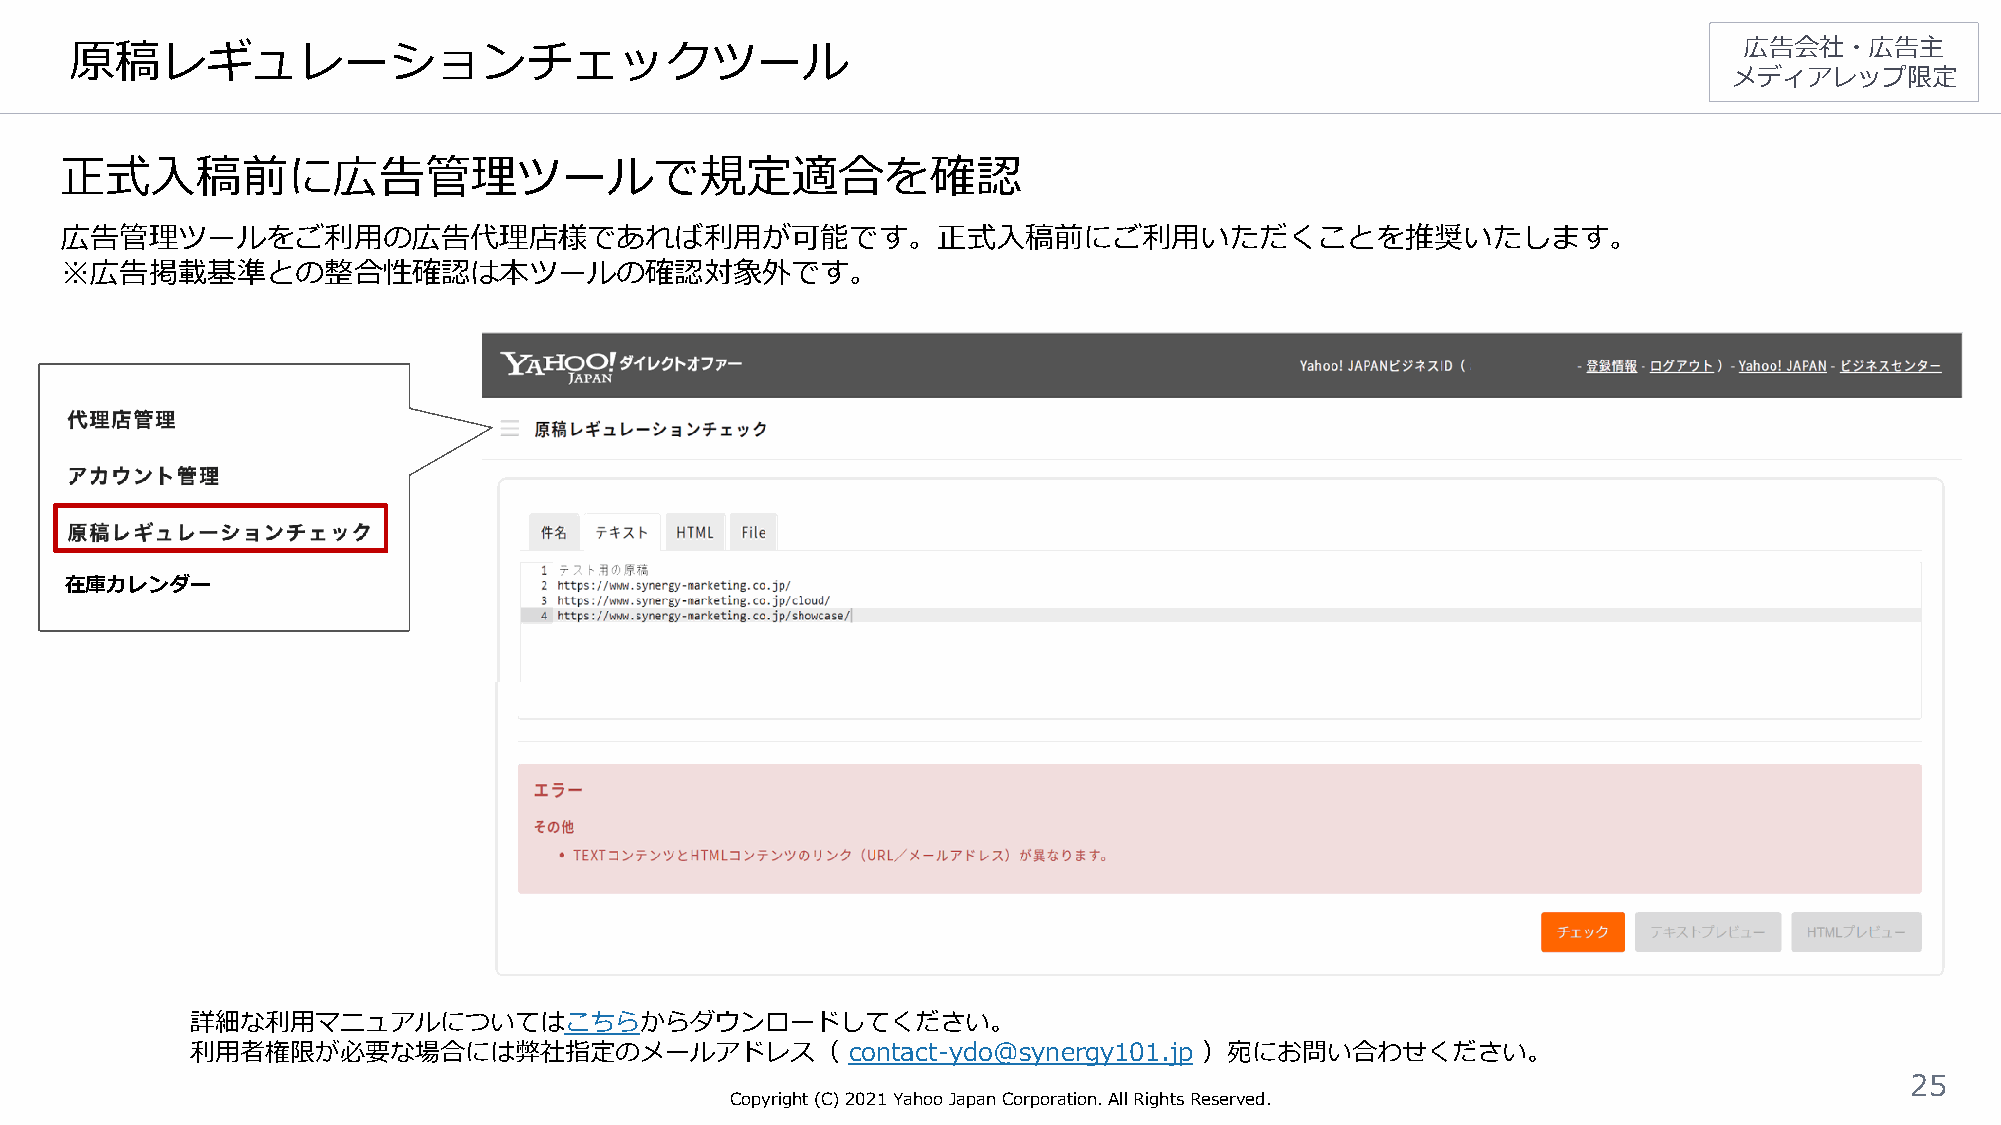
原稿レギュレーションチェックツール                                                                                             広告会社・広告主
 メディアレップ限定
 正式入稿前に広告管理ツールで規定適合を確認
 広告管理ツールをご利用の広告代理店様であれば利用が可能です。正式入稿前にご利用いただくことを推奨いたします。
 ※広告掲載基準との整合性確認は本ツールの確認対象外です。
 在庫カレンダー
 詳細な利用マニュアルについてはこちらからダウンロードしてください。
 利用者権限が必要な場合には弊社指定のメールアドレス（                 contact-ydo@synergy101.jp ）宛にお問い合わせください。
 25
 Copyright (C)2021Yahoo Japan Corporation. All Rights Reserved.